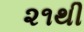
૨૧થી